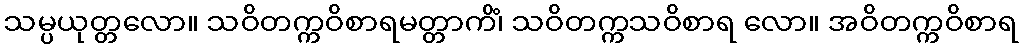
သမ္ပယုတ္တလော။ သဝိတက္ကဝိစာရမတ္တာကိံ၊ သဝိတက္ကသဝိစာရ လော။ အဝိတက္ကဝိစာရ